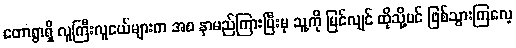
တောရွာရှိ လူကြီးလူငယ်များက အစ နာမည်ကြားပြီးမှ သူ့ကို မြင်လျင် ထိုသို့ပင် ဖြစ်သွားကြလေ့